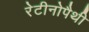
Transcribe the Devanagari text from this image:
रेटीनोपैथी